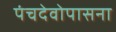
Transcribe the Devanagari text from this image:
पंचदेवोपासना